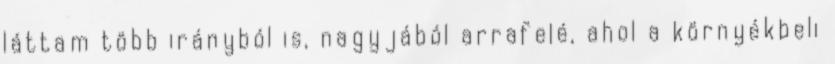
láttam több irányból is, nagyjából arrafelé, ahol a környékbeli